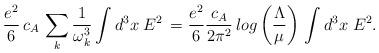
LaTeX: \begin{align*}{e^2\over 6}\, c_A \,\sum_k{1\over\omega_k^3}\int d^3x\;E^2\,= {e^2\over 6} {c_A\over 2\pi^2}\,log\left({\Lambda\over\mu}\right) \,\int d^3x\;E^2.\end{align*}